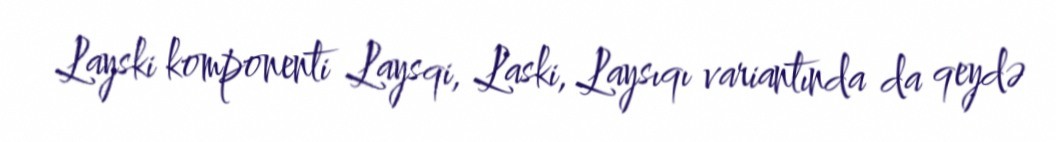
Layski komponenti Laysqi, Laski, Laysıqı variantında da qeydə